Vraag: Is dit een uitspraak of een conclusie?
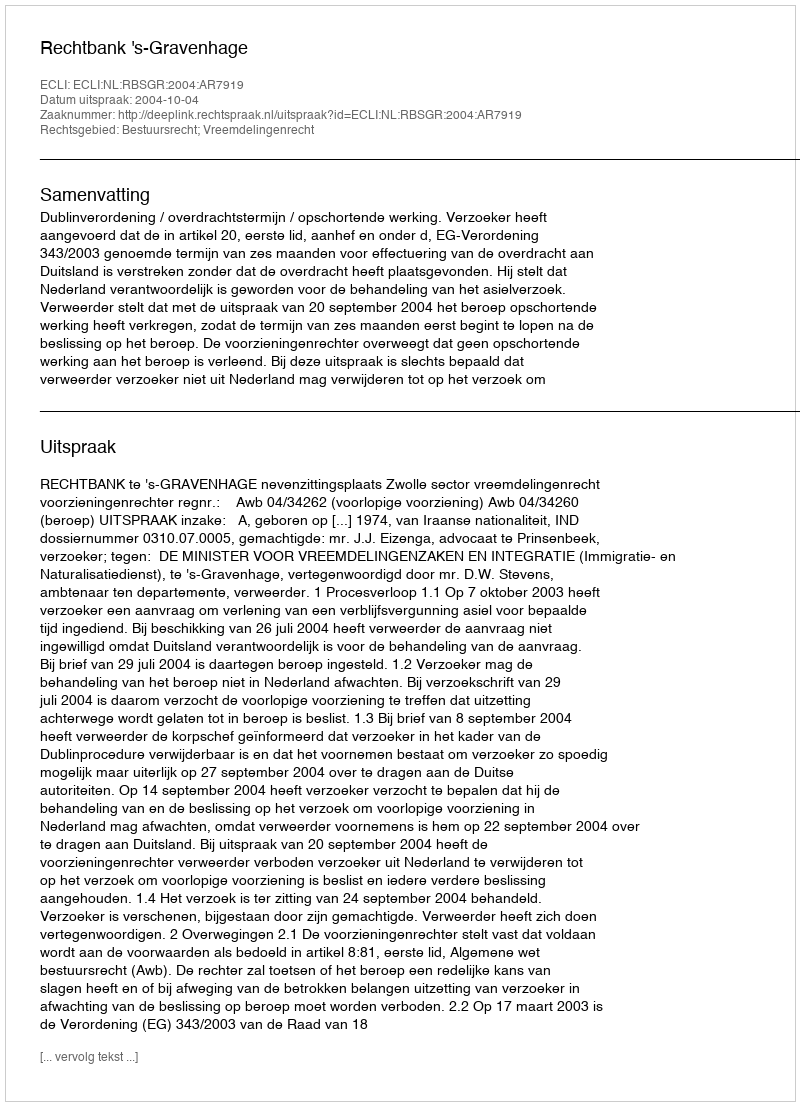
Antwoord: Uitspraak